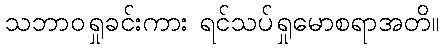
သဘာဝရှုခင်းကား ရင်သပ်ရှုမောစရာအတိ။